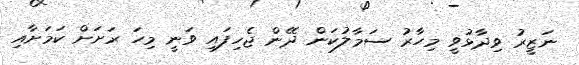
ނަޒީރު ވިދާޅުވީ މިހާރު ސަމާލުކަން ދޭން ޖެހިފައި ވަނީ މިހަ ރަށަށް ކަމަށާއި